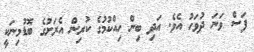
ފަސް ވަނަ ދުވަހު އެވެ. އަދި ބިން ހިއްކުމުގެ ކުރިން އެރަށުގެ ބޮޑުމިނަކީ